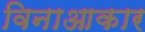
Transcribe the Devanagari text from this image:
विनाआकार